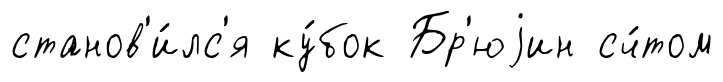
станов'и́лс'я ку́бок Бр'юjин сч́том